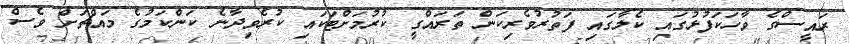
ރައީސްގެ ވާހަކަފުޅުގައި ކެލާގައި ފަތުރުވެރިކަން ތަރައްގީ ކުރުމަށްޓަކައި ކުރެވިދާނެ ކަންކަމުގެ މައްޗަށް ވެސް